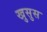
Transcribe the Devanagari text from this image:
खुसुस